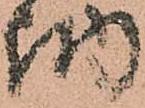
納